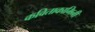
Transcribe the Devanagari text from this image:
कविताकामिनी